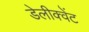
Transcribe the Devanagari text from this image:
डेलीक्वेंट